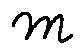
m